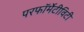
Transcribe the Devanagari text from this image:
परफॉर्मेटीविटी